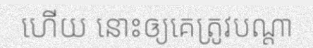
ហើយ នោះឲ្យគេត្រូវបណ្តា